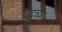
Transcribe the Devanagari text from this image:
चंदच्या